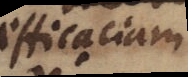
efficaciam